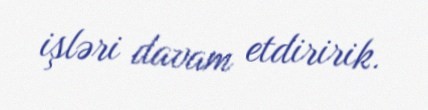
işləri davam etdiririk.